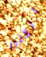
الكثير